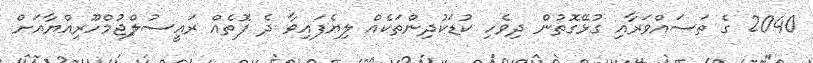
2040 ގެ ތަސައްވަރާއި ގުޅޭގޮތުން ދިވެހި ކުޑަކުދިންތަކެއް ލިޔެފައިވާ ދެ ފޮތެއް ރައީސުލްޖުމްހޫރިއްޔާއަށް